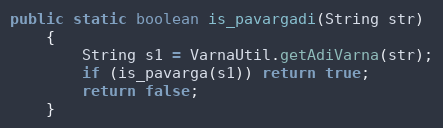
Language: Java
public static boolean is_pavargadi(String str)
    {
        String s1 = VarnaUtil.getAdiVarna(str);
        if (is_pavarga(s1)) return true;
        return false;
    }